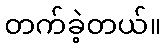
တက်ခဲ့တယ်။